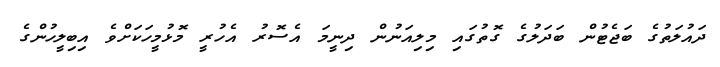
ދައުލަތުގެ ބަޖެޓުން ބަދަލުގެ ގޮތުގައި މިލިއަނުން ދިނީމަ އެސޮރު އެހުރީ މޮޅުމީހަކަށްވެ އިބިލީހުންގެ